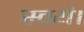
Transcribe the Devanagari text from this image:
स्वयं।